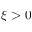
\xi > 0